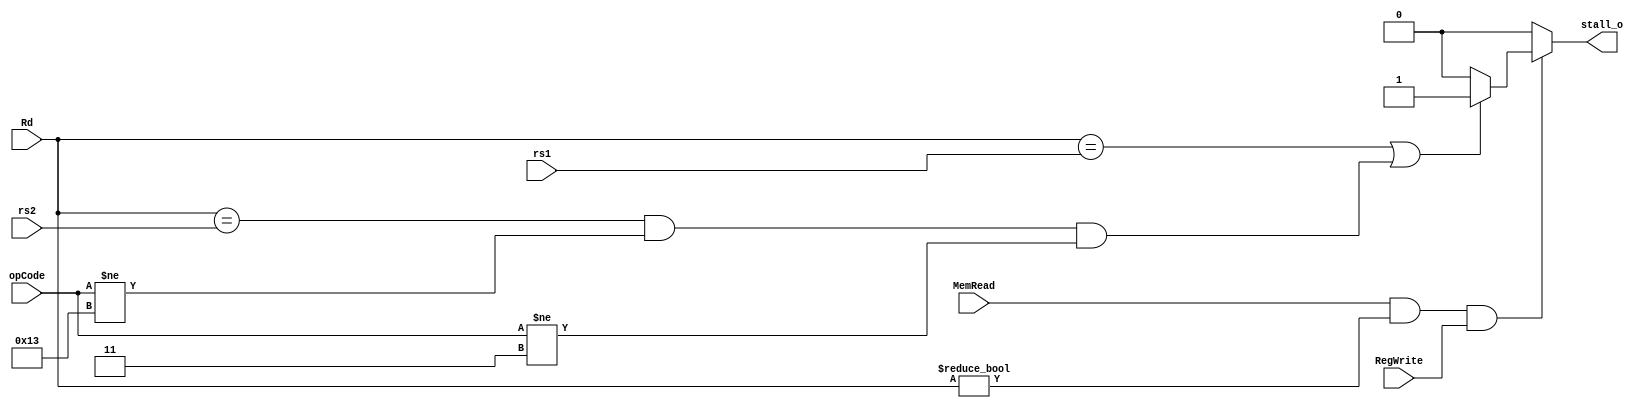
module HazardDetection(
    input [4:0] Rd,
    input MemRead,
    input RegWrite,
    input [4:0] rs1,
    input [4:0] rs2,
    input [6:0] opCode,
    output stall_o
);
reg stall;
assign stall_o = stall;
    
    always @(*) begin
        if (MemRead && Rd!=0 && RegWrite)begin
            if (Rd==rs1 || (Rd==rs2 && opCode!=7'b0010011 && opCode!=7'b0000011))
                stall = 1'b1;
            else
                stall = 1'b0;
        end
        else
            stall = 1'b0;
    end
endmodule